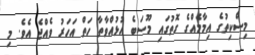
މިސްކިތުގެ އިމާމެއްގެ ގޮތުގައި މޫސަބެ އުޅުއްވާތާ ހަތް އަހަރު ވެއްޖެ އެވެ. މި